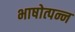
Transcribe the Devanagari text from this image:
भाषोत्पन्न